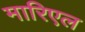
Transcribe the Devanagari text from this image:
मारिएल